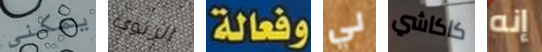
يمكني الرئوي وفعالة لي كاكاشي إنه